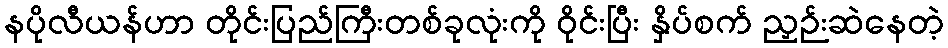
နပိုလီယန်ဟာ တိုင်းပြည်ကြီးတစ်ခုလုံးကို ဝိုင်းပြီး နှိပ်စက် ညှဉ်းဆဲနေတဲ့